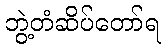
ဘွဲ့တံဆိပ်တော်ရ